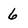
Character: 6